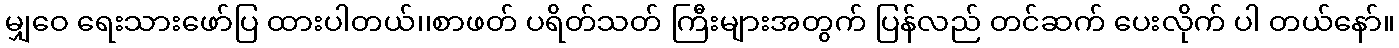
မျှဝေ ရေးသားဖော်ပြ ထားပါတယ်၊၊စာဖတ် ပရိတ်သတ် ကြီးများအတွက် ပြန်လည် တင်ဆက် ပေးလိုက် ပါ တယ်နော်။